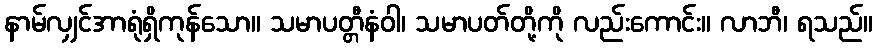
နာမ်လျှင်အာရုံရှိကုန်သော။ သမာပတ္တီနံဝါ၊ သမာပတ်တို့ကို လည်းကောင်း။ လာဘီ၊ ရသည်။